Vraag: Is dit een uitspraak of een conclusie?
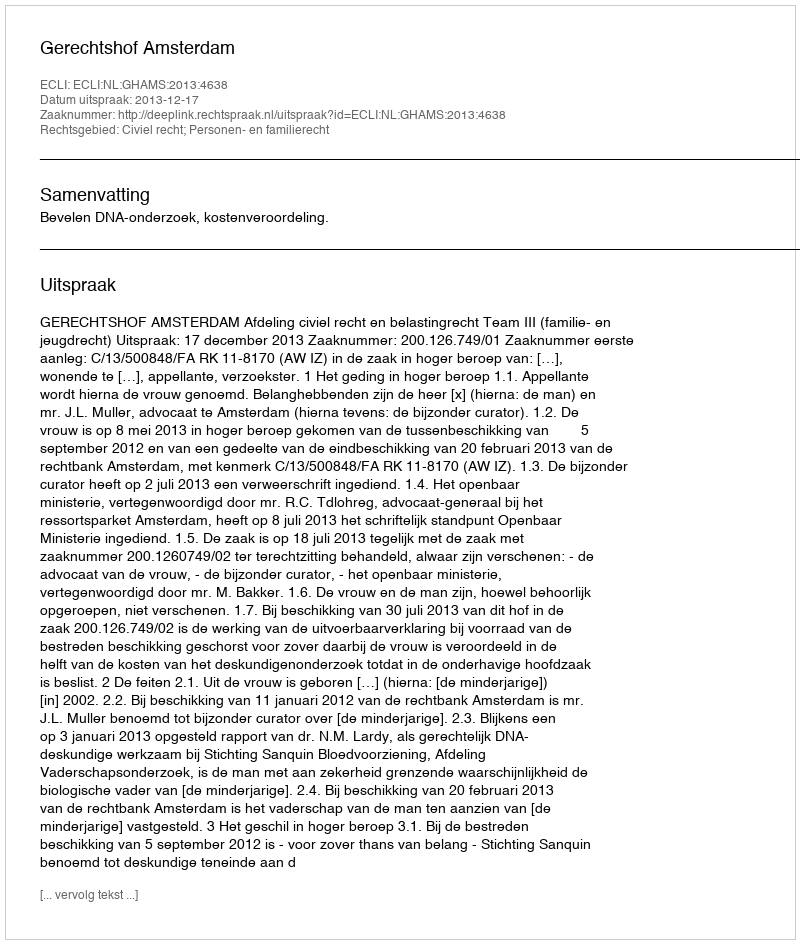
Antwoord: Uitspraak